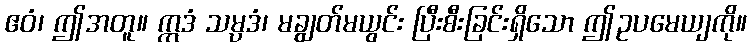
ဧဝံ၊ ဤအတူ။ ဣဒံ သမ္ပဒံ၊ မချွတ်မယွင်း ပြီးစီးခြင်းရှိသော ဤဥပမေယျကို။